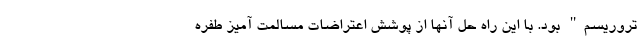
تروریسم" بود. با این راه حل آنها از پوشش اعتراضات مسالمت آمیز طفره